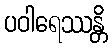
ပဝါရေဿန္တိ